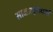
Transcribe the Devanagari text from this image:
साक्षात्कृतधर्मा